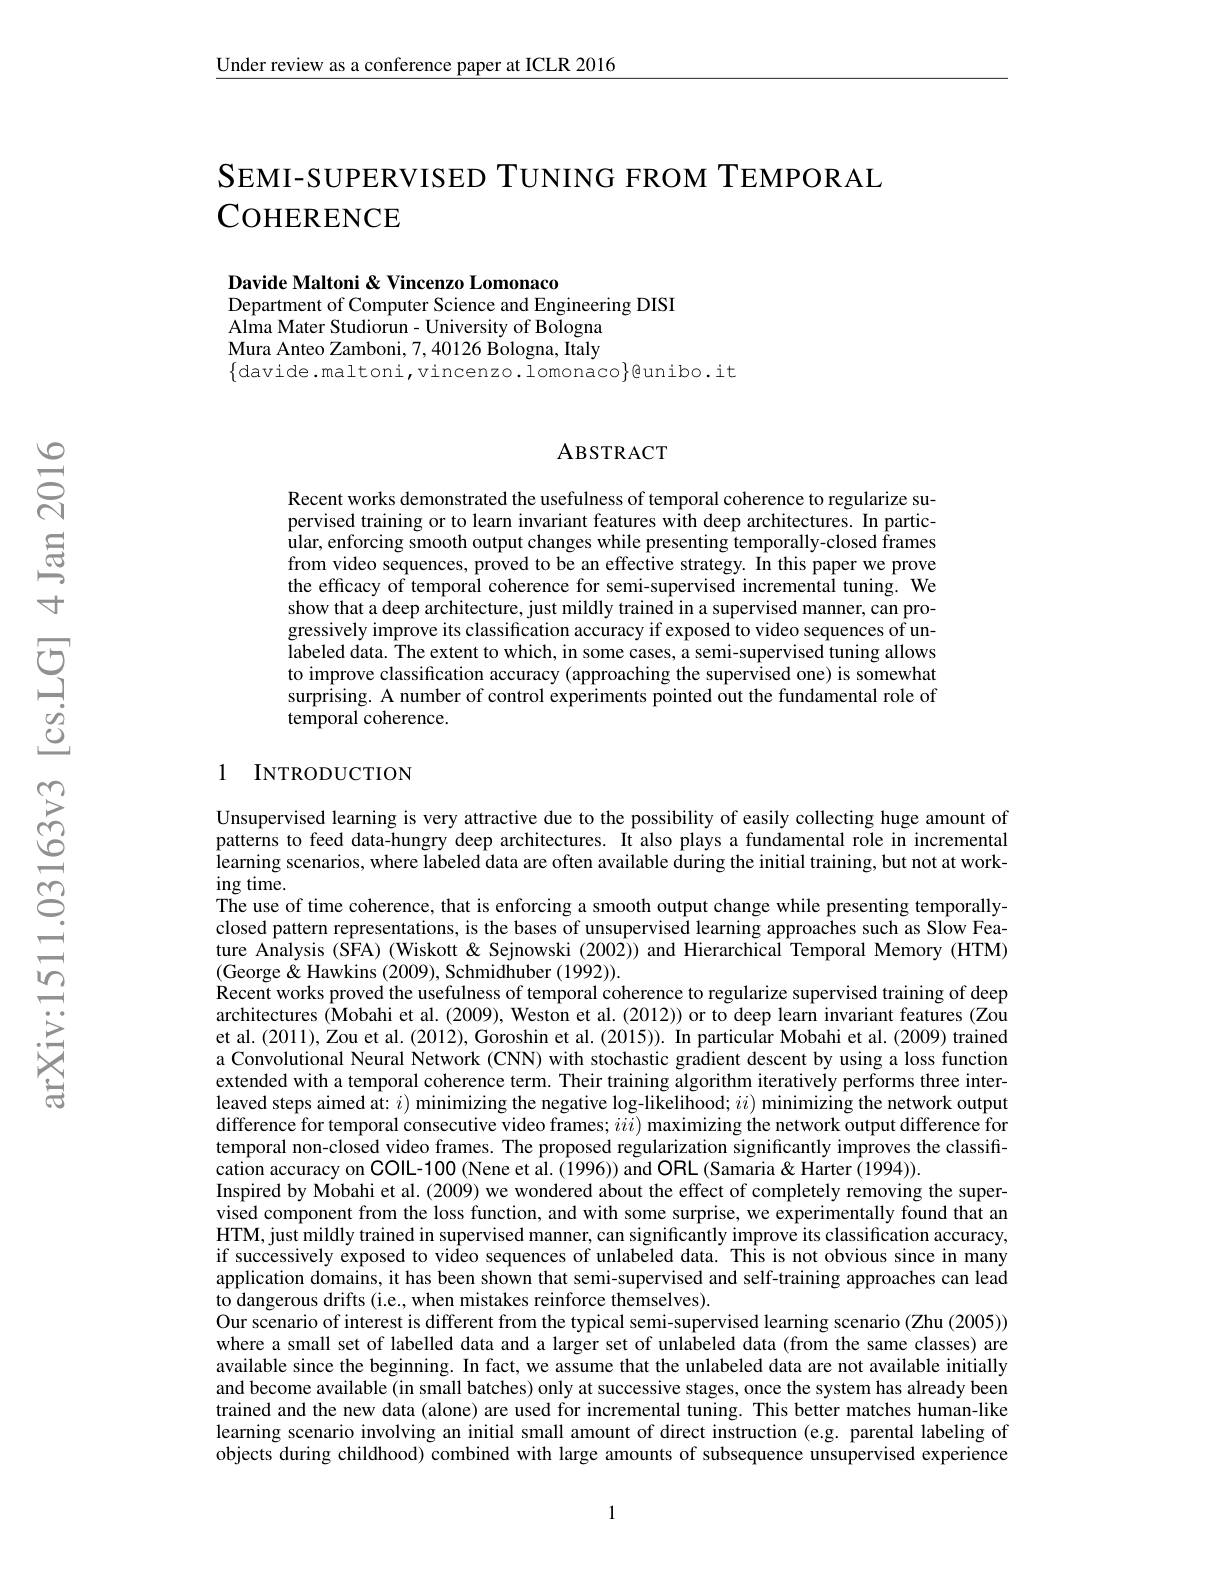
Under review as a conference paper at ICLR 2016

# SEMI-SUPERVISED TUNING FROM TEMPORAL COHERENCE

Davide Maltoni & Vincenzo Lomonaco
Department of Computer Science and Engineering DISI
Alma Mater Studiorun- University of Bologna Mura Anteo Zamboni, 7, 40126 Bologna, Italy $\{$davide.maltoni,vincenzo.lomonaco$\}$@unibo.it

# ABSTRACT

Recent works demonstrated the usefulness of temporal coherence to regularize supervised training or to learn invariant features with deep architectures. In particular, enforcing smooth output changes while presenting temporally-closed frames from video sequences, proved to be an effective strategy. In this paper we prove the efficacy of temporal coherence for semi-supervised incremental tuning. We show that a deep architecture, just mildly trained in a supervised manner, can progressively improve its classification accuracy if exposed to video sequences of unlabeled data. The extent to which, in some cases, a semi-supervised tuning allows to improve classification accuracy (approaching the supervised one) is somewhat surprising. A number of control experiments pointed out the fundamental role of temporal coherence.

## 1 INTRODUCTION

Unsupervised learning is very attractive due to the possibility of easily collecting huge amount of patterns to feed data-hungry deep architectures. It also plays a fundamental role in incremental learning scenarios, where labeled data are often available during the initial training, but not at working time.
The use of time coherence, that is enforcing a smooth output change while presenting temporallyclosed pattern representations, is the bases of unsupervised learning approaches such as Slow Feature Analysis (SFA) (Wiskott& Sejnowski (2002)) and Hierarchical Temporal Memory (HTM) (George& Hawkins (2009), Schmidhuber (1992)).
Recent works proved the usefulness of temporal coherence to regularize supervised training of deep architectures ($\hat{\text{Mobahietal.(2009),Westonetal.(2012))ortodeeplearninvariantfeatures(Zou}}$ et al.(2011), Zou et al.(2012), Goroshin et al.(2015)). In particular Mobahi et al.(2009) trained a Convolutional Neural Network (CNN) with stochastic gradient descent by using a loss function extended with a temporal coherence term. Their training algorithm iteratively performs three interleaved steps aimed at: $i)$ minimizing the negative log-likelihood; $ii)$ minimizing the network output $\hat{\text{difference for temporal consecutive video frames; }iii})$ maximizing the network output difference for temporal non-closed video frames. The proposed regularization significantly improves the classification accuracy on COIL-100 (Nene et al. (1996)) and ORL (Samaria& Harter (1994)).
Inspired by Mobahi et al. (2009) we wondered about the effect of completely removing the supervised component from the loss function, and with some surprise, we experimentally found that an HTM, just mildly trained in supervised manner, can significantly improve its classification accuracy, if successively exposed to video sequences of unlabeled data. This is not obvious since in many application domains, it has been shown that semi-supervised and self-training approaches can lead to dangerous drifts (i.e., when mistakes reinforce themselves).
Our scenario of interest is different from the typical semi-supervised learning scenario (Zhu (2005)) where a small set of labelled data and a larger set of unlabeled data (from the same classes) are available since the beginning. In fact, we assume that the unlabeled data are not available initially and become available (in small batches) only at successive stages, once the system has already been trained and the new data (alone) are used for incremental tuning. This better matches human-like learning scenario involving an initial small amount of direct instruction (e.g. parental labeling of objects during childhood) combined with large amounts of subsequence unsupervised experience

1